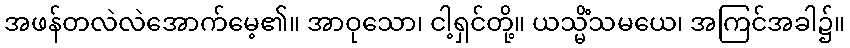
အဖန်တလဲလဲအောက်မေ့၏။ အာဝုသော၊ ငါ့ရှင်တို့။ ယသ္မိံသမယေ၊ အကြင်အခါ၌။